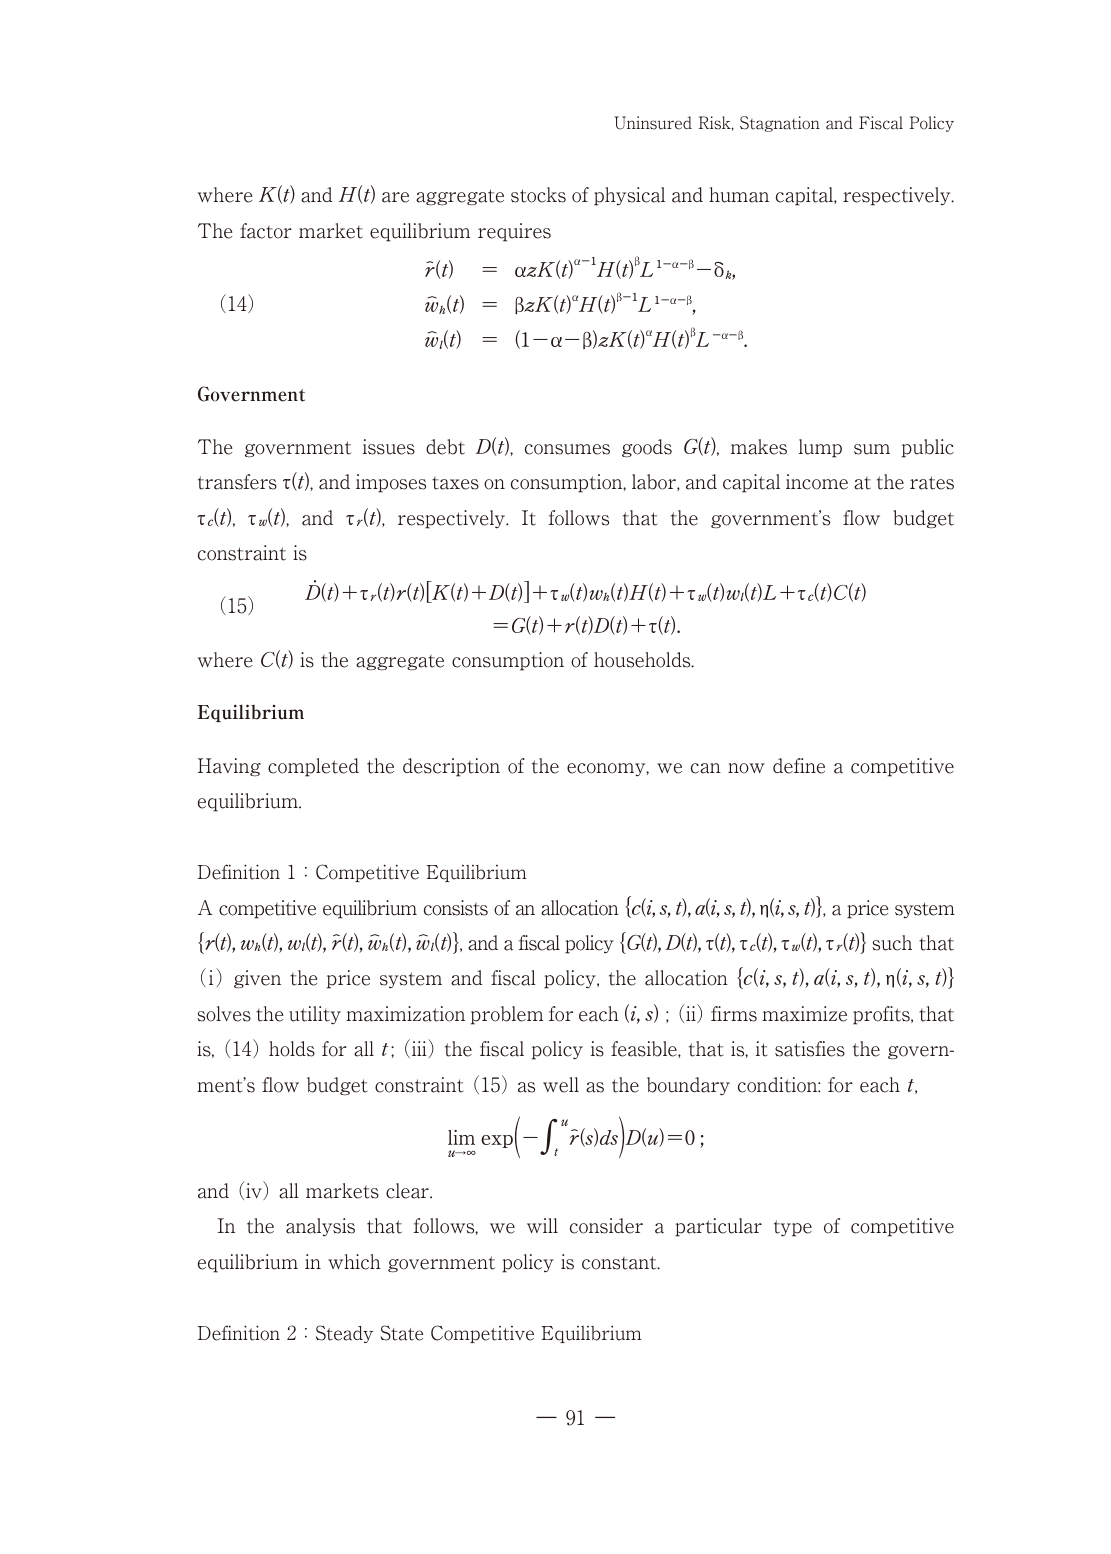
Uninsured Risk, Stagnation and Fiscal Policy

where K(t) and H(t) are aggregate stocks of physical and human capital, respectively. The factor market equilibrium requires

(14)
r̃(t) = αzK(t)^(α−1)H(t)^βL^(1−α−β) − δ_k,
w̃_h(t) = βzK(t)^αH(t)^(β−1)L^(1−α−β),
w̃_l(t) = (1−α−β)zK(t)^αH(t)^βL^(−α−β).

Government

The government issues debt D(t), consumes goods G(t), makes lump sum public transfers τ(t), and imposes taxes on consumption, labor, and capital income at the rates τ_c(t), τ_w(t), and τ_r(t), respectively. It follows that the government's flow budget constraint is

(15)
Ḋ(t) + τ_r(t)r(t)[K(t) + D(t)] + τ_w(t)w_h(t)H(t) + τ_w(t)w_l(t)L + τ_c(t)C(t)
= G(t) + r(t)D(t) + τ(t).

where C(t) is the aggregate consumption of households.

Equilibrium

Having completed the description of the economy, we can now define a competitive equilibrium.

Definition 1 : Competitive Equilibrium

A competitive equilibrium consists of an allocation {c(i,s,t), a(i,s,t), n(i,s,t)}, a price system {r(t), w_h(t), w_l(t), r̃(t), w̃_h(t), w̃_l(t)}, and a fiscal policy {G(t), D(t), τ(t), τ_c(t), τ_w(t), τ_r(t)} such that

(i) given the price system and fiscal policy, the allocation {c(i,s,t), a(i,s,t), n(i,s,t)} solves the utility maximization problem for each (i,s); (ii) firms maximize profits, that is, (14) holds for all t; (iii) the fiscal policy is feasible, that is, it satisfies the government's flow budget constraint (15) as well as the boundary condition: for each t,

lim_{u→∞} exp(−∫_t^u r̃(s)ds) D(u) = 0 ;

and (iv) all markets clear.

In the analysis that follows, we will consider a particular type of competitive equilibrium in which government policy is constant.

Definition 2 : Steady State Competitive Equilibrium

— 91 —